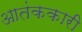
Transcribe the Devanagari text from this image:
आतंककारी